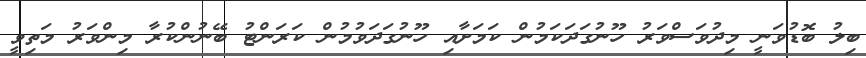
ބިލު ބޮޑުވަނީ މިދުވަސްވަރު ހޫނުގަދަކަމުން ކަމަށާއި ހޫނުގަދަވުމުން ކަރަންޓު ބޭނުންކުރާ މިންވަރު މަތިވީ